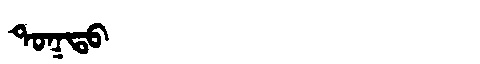
Manchu: ᡨᠣᡴᡨᠣ
Romanization: TOKTO